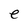
Character: e